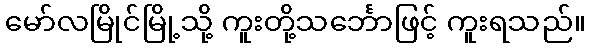
မော်လမြိုင်မြို့သို့ ကူးတို့သင်္ဘောဖြင့် ကူးရသည်။